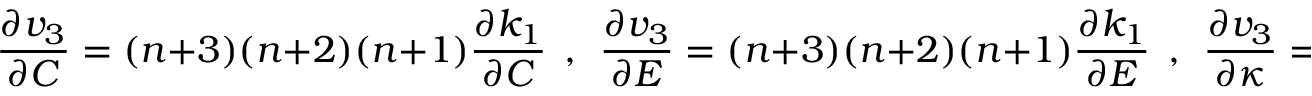
\frac { \partial v _ { 3 } } { \partial C } = ( n + 3 ) ( n + 2 ) ( n + 1 ) \frac { \partial k _ { 1 } } { \partial C } ~ ~ , ~ ~ \frac { \partial v _ { 3 } } { \partial E } = ( n + 3 ) ( n + 2 ) ( n + 1 ) \frac { \partial k _ { 1 } } { \partial E } ~ ~ , ~ ~ \frac { \partial v _ { 3 } } { \partial \kappa } = 0 ,